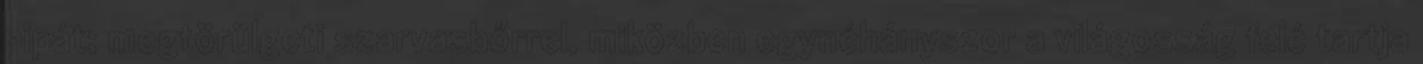
pipát; megtörülgeti szarvasbőrrel, miközben egynéhányszor a világosság felé tartja